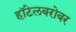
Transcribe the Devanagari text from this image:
हॉटेलबरोबर